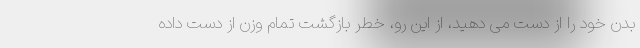
بدن خود را از دست می دهید، از این رو، خطر بازگشت تمام وزن از دست داده